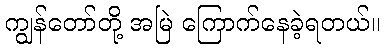
ကျွန်တော်တို့ အမြဲ ကြောက်နေခဲ့ရတယ်။